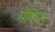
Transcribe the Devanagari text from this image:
मेफिस